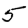
Digit: 5